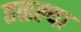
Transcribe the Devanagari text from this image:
तळल्या